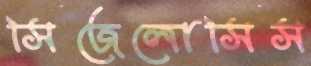
সিজেলোসিস